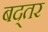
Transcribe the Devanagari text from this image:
बद्तर